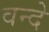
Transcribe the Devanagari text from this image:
वन्‍दे